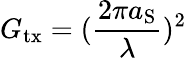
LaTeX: G_{\mathrm{tx}}=(\frac{2\pi a_{\mathrm{S}}}{\lambda})^{2}